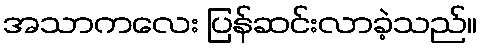
အသာကလေး ပြန်ဆင်းလာခဲ့သည်။